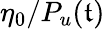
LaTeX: \eta_{0}/P_{u}(\mathfrak{t})